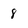
Character: 8